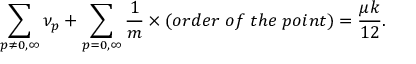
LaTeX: \sum _ { p \neq 0 , \infty } { \nu _ { p } } + \sum _ { p = 0 , \infty } \frac { 1 } { m } \times ( o r d e r \; o f \; t h e \; p o i n t ) = \frac { \mu k } { 1 2 } .